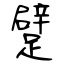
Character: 躄